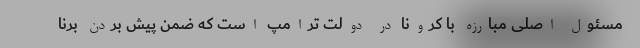
مسئول اصلی مبارزه با کرونا در دولت ترامپ است که ضمن پیش بردن برنا